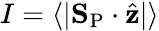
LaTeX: I=\langle|{\mathbf S}_{\mathrm{P}}\cdot\hat{{\mathbf z}}|\rangle